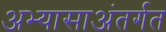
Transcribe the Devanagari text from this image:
अभ्यासाअंतर्गत